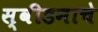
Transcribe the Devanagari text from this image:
स्वीडनाचे